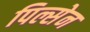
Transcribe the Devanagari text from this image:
पिल्सेन